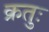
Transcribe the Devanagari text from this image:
क्रतुः